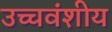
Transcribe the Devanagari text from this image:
उच्चवंशीय